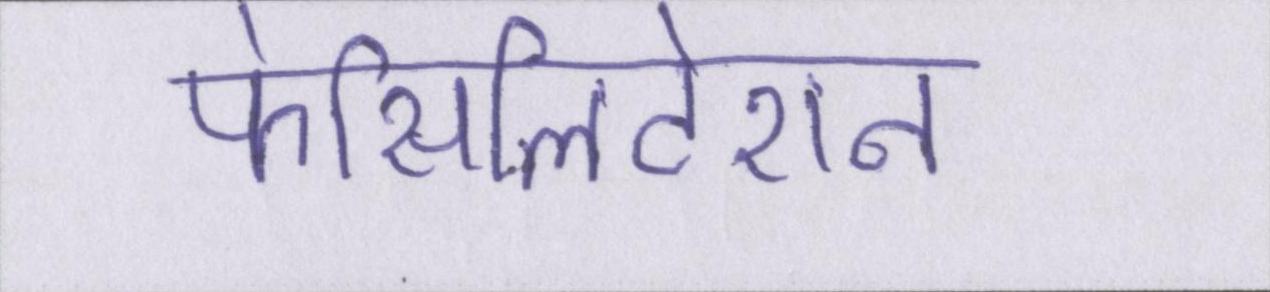
फेसिलिटेशन